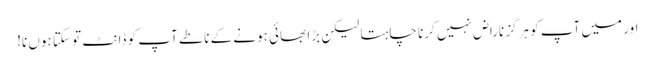
اور میں آپ کو ہرگز ناراض نہیں کرنا چاہتا لیکن بڑا بھائی ہونے کے ناطے آپ کو ڈانٹ تو سکتا ہوں نا!